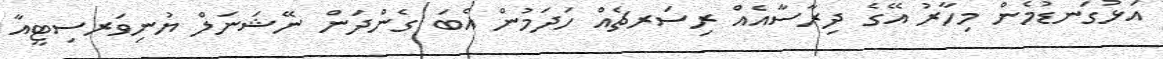
އަޅުގަނޑުމެން މިހާރު އޭގެ ދިރާސާއެއް ރިސަރޗެއް ހަދަމުން އެބަ ގެންދަން ނޭޝަނަލް ޔުނިވަރސިޓީއާ